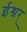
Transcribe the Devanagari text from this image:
ईश्वर्